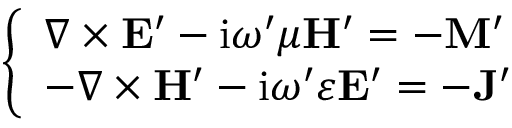
\left\{ \begin{array} { l l } { \nabla \times \mathbf { E } ^ { \prime } - \mathrm { i } \omega ^ { \prime } \mu \mathbf { H } ^ { \prime } = - \mathbf { M } ^ { \prime } } \\ { - \nabla \times \mathbf { H } ^ { \prime } - \mathrm { i } \omega ^ { \prime } \varepsilon \mathbf { E } ^ { \prime } = - \mathbf { J } ^ { \prime } } \end{array} \right.